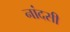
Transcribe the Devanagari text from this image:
नांदसी